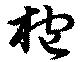
枹